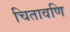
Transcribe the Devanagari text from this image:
चितावणि